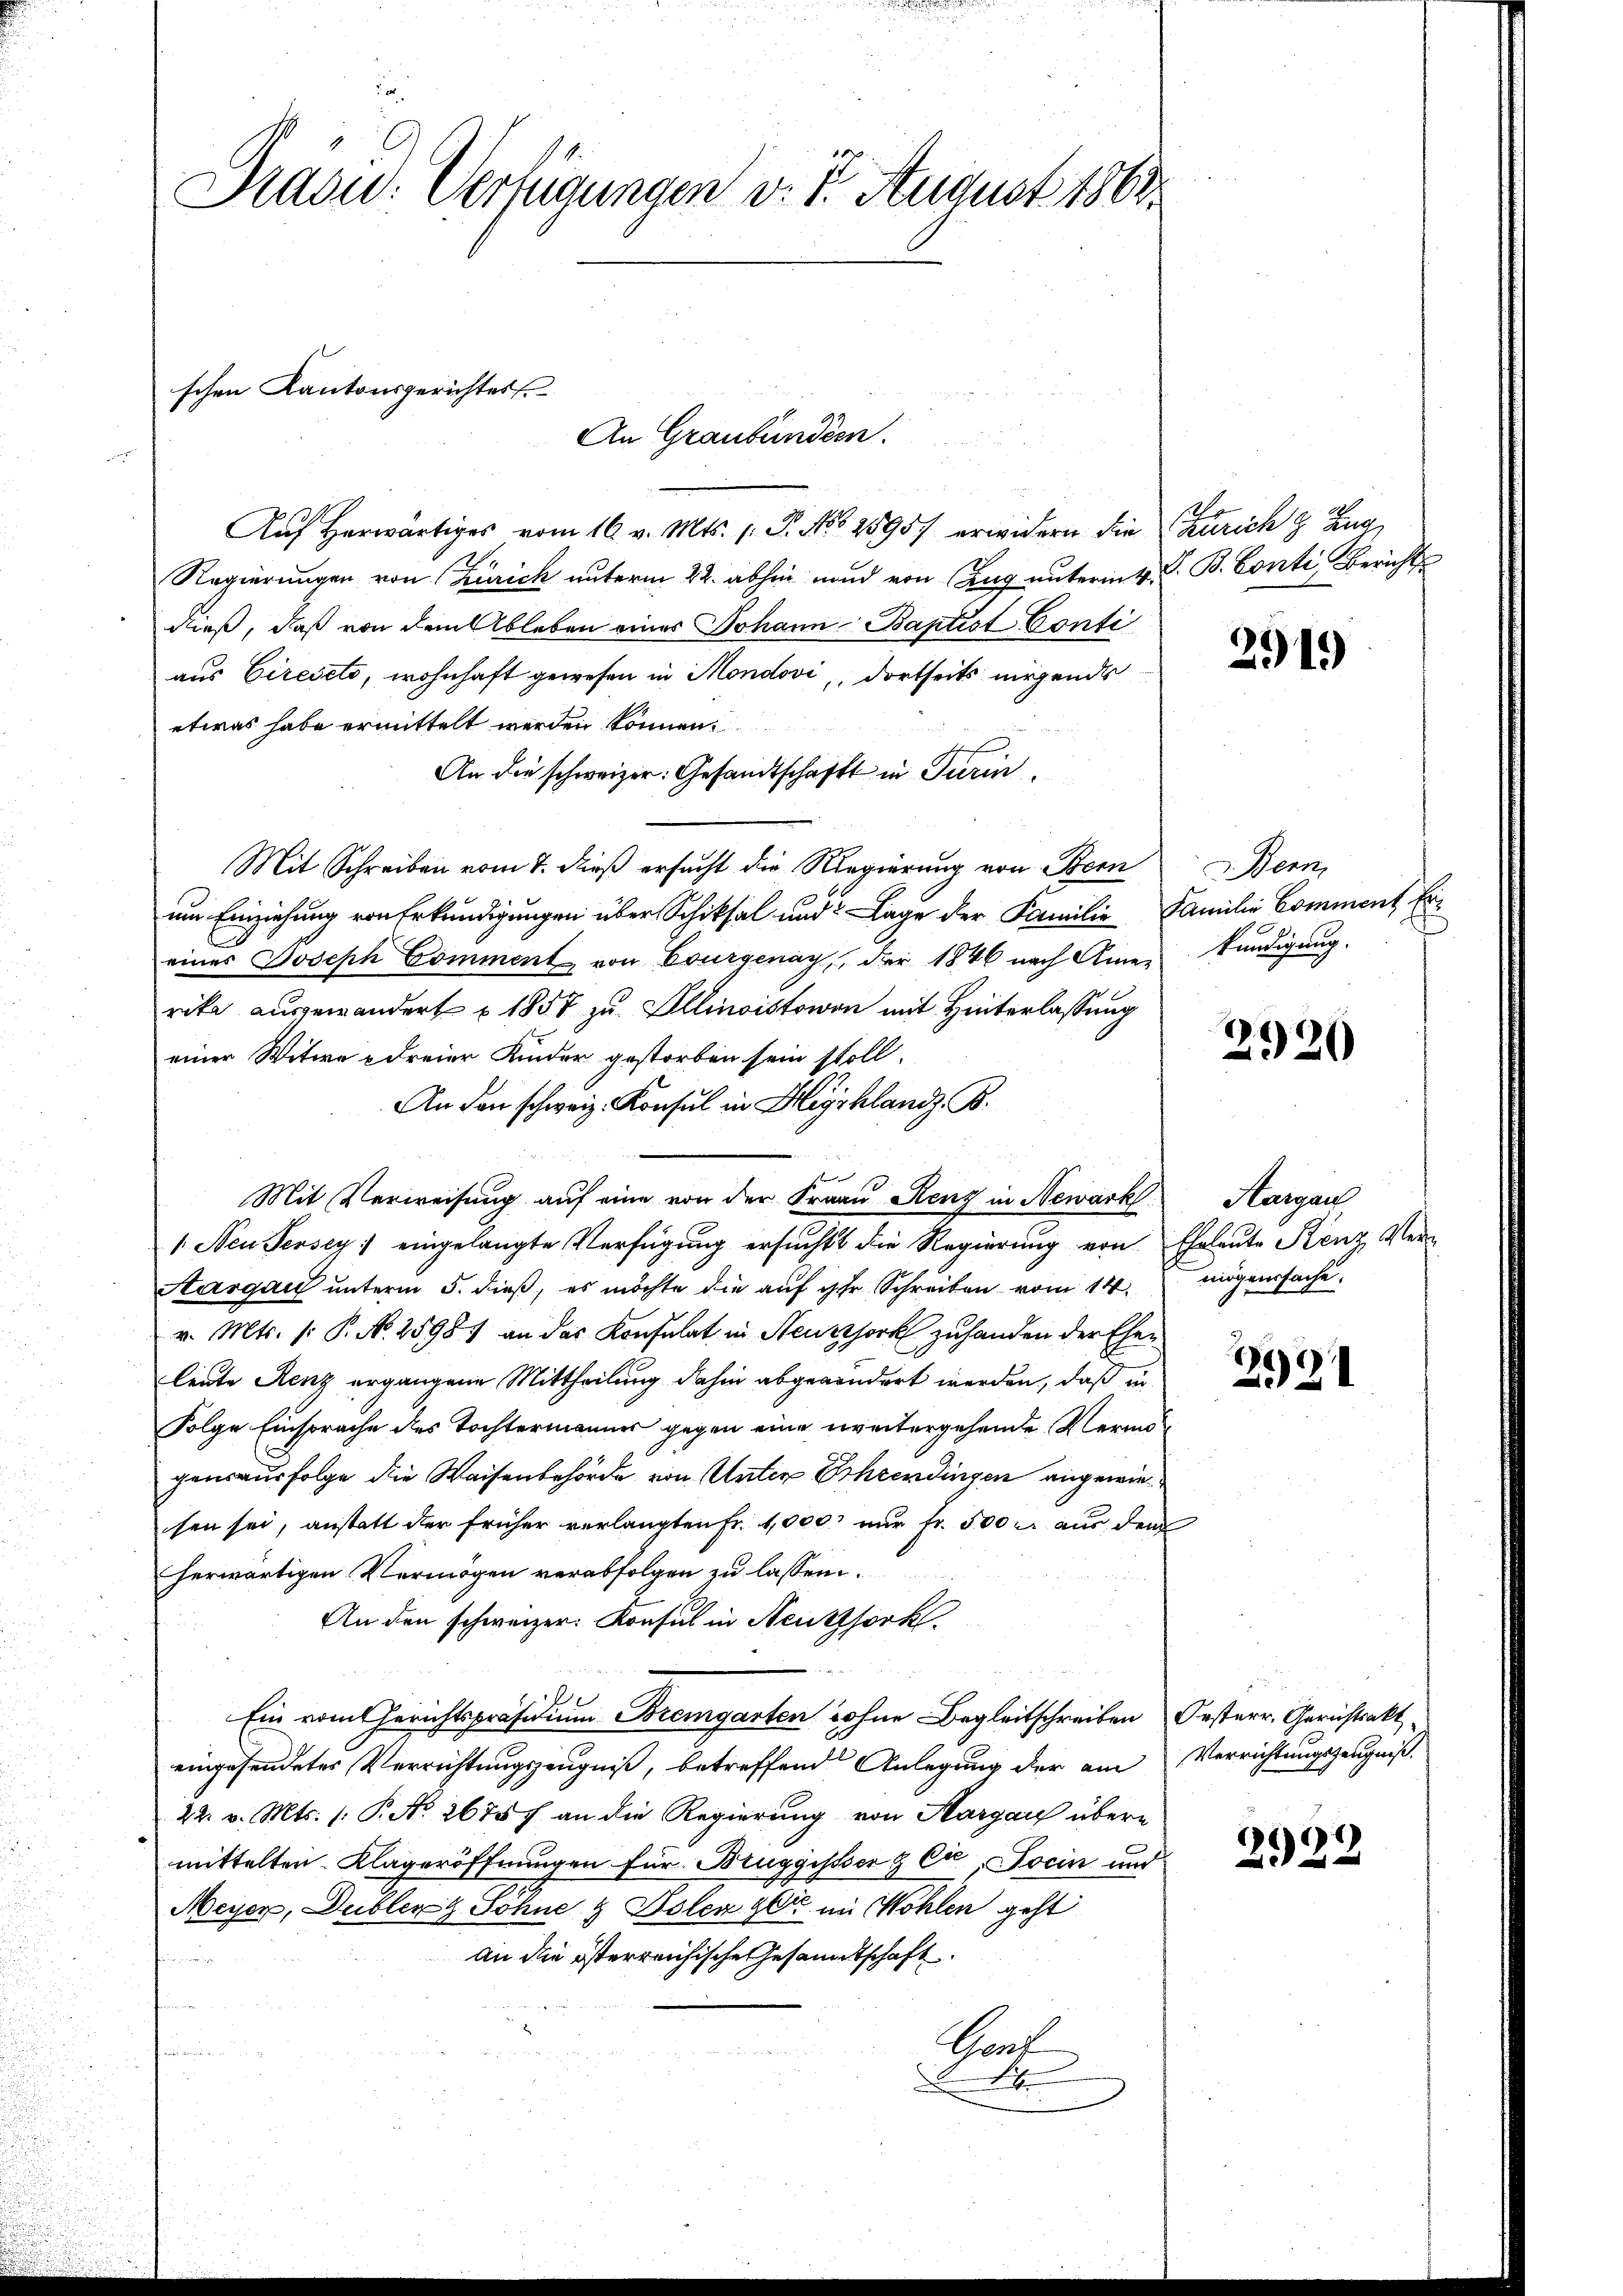
Präsid.. Verfügungen v. 5. August 1863.

Auf herwärtiges vom 16. v. Mts. 1. P. Nro 1895/ erwidern die Zürich & Zug
Regierungen von Zürich unterm 22. abhin und von Zug unterm 4. S. B. Conti, Berichts
dieß, daß von dem Ableben eines Johann Baptist Confi
aus Ciredeto, wohnhaft gewesen in Mondovi dortseits nirgends
etwas habe ermittelt werden können.
An die schweizer: Gesandtschaft in Turin,
Mit Schreiben vom 7. dieß ersucht die Regierung von Bern
um Einziehung von Erkundigungen über Schiksal und Lage der Familie Familie Comment Ereines Joseph Comment von Bourgenay, der 1846 nach Amen kündigung.
rika ausgewandert u. 1857 zu Illinoistowen mit Hinterlassung
einer Witwe dreier Kinder gestorben sein stoll.
An den schweiz. Konsul in Highland. B.
Mit Verweisung auf eine von der Frau Henz in Newark
1. Neu Fersey) eingelangte Verfügung ersŭcht die Regierung von Eheleute Kenz Ver¬
Aargau unterm 5. dieß, es möchte die aŭf ihr Schreiben vom 14. mögenssache,
v. Mts. (: P. N. 25987 an das Konsulat in Neuzzjork zuhanden der Ehen
leute Renz ergangene Mittheilung dahin abgewindert werden, daß in
Folge Einsprache des Tochtermanner gegen eine weitergehende Vermögensausfolge die Waisenbehörde von Unter Ehrendingen angewiesen sei, anstatt der früher verlangten Fr. 1,000 nur fr. 500 r. aus dem
herwärtigen Vermögen verabfolgen zu lassen.
An den schweizer. Konsul in Neutzsork.
Ein vom Gerichtspräsidium Bremgarten Sohne Begleitschreiben Oesterr. Gerichtsakt
eingesendetes Verrichtungszeugniß, betreffend Anlegung der am Verrichtungszeugniß.
22. v. Mts. (: P. Nr. 2678 f an die Regierung von Aargau übere
mittelten Klageröffnungen für Bruggissser & Cie, Socin und
Meyer, Dubler & Söhne & Polen gli im Wohlen geht
an die österreichische Gesandtschaft
hingere
Graf
.

schen Kantonsgerichtes
An Graubünden.

2919)

2920

221

2922

Bern

Aargau